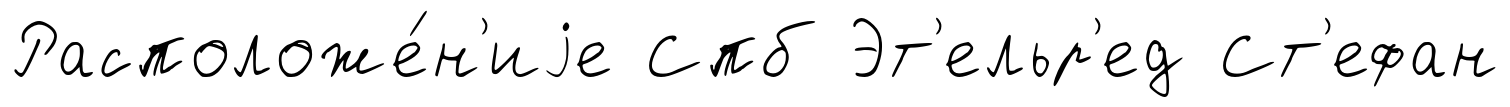
Расположе́н'иjе Спб Эт'ельр'ед Ст'ефан